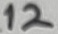
Text: 12